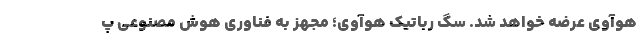
هوآوی عرضه خواهد شد. سگ رباتیک هوآوی؛ مجهز به فناوری هوش مصنوعی پ